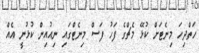
ހަތްދިހަ މިނެޓަށް ކުޅޭ މެޗްގެ ފަހު ފަސް މިނެޓްގައި ނިއުއިން ކުޅުނީ އެއް